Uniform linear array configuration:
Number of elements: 64
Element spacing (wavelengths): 0.25
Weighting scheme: kaiser
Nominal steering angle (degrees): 0
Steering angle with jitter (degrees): -1.909
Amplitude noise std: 0.05
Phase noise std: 0.05

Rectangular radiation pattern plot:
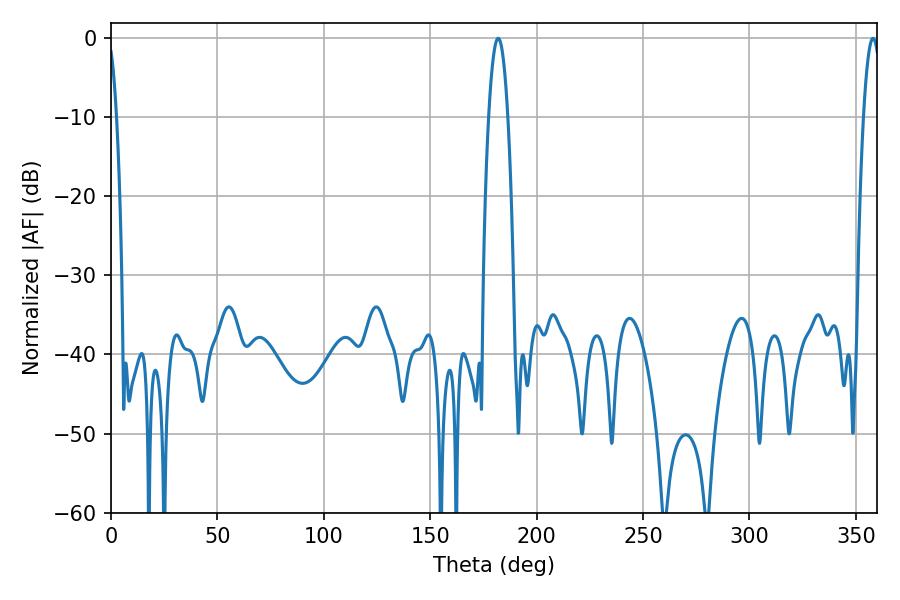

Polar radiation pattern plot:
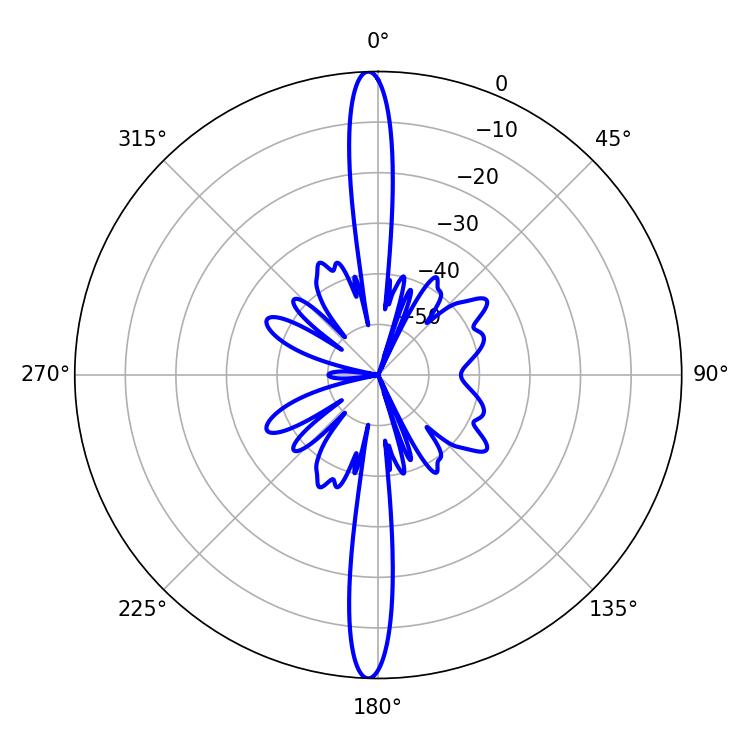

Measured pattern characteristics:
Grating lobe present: FALSE
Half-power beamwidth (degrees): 4.86
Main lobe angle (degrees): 181.98